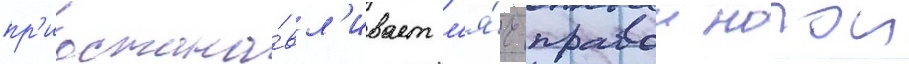
пр'иостана́вл'ивает м'я́ч правои ногои